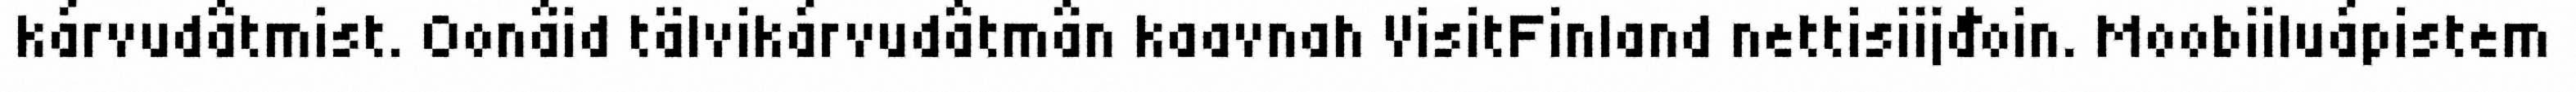
kárvudâtmist. Oonâid tälvikárvudâtmân kaavnah VisitFinland nettisiijđoin. Moobiiluápistem